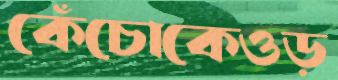
কেঁচোকেওড়